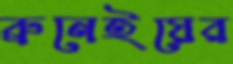
ব্রুনেইয়ের